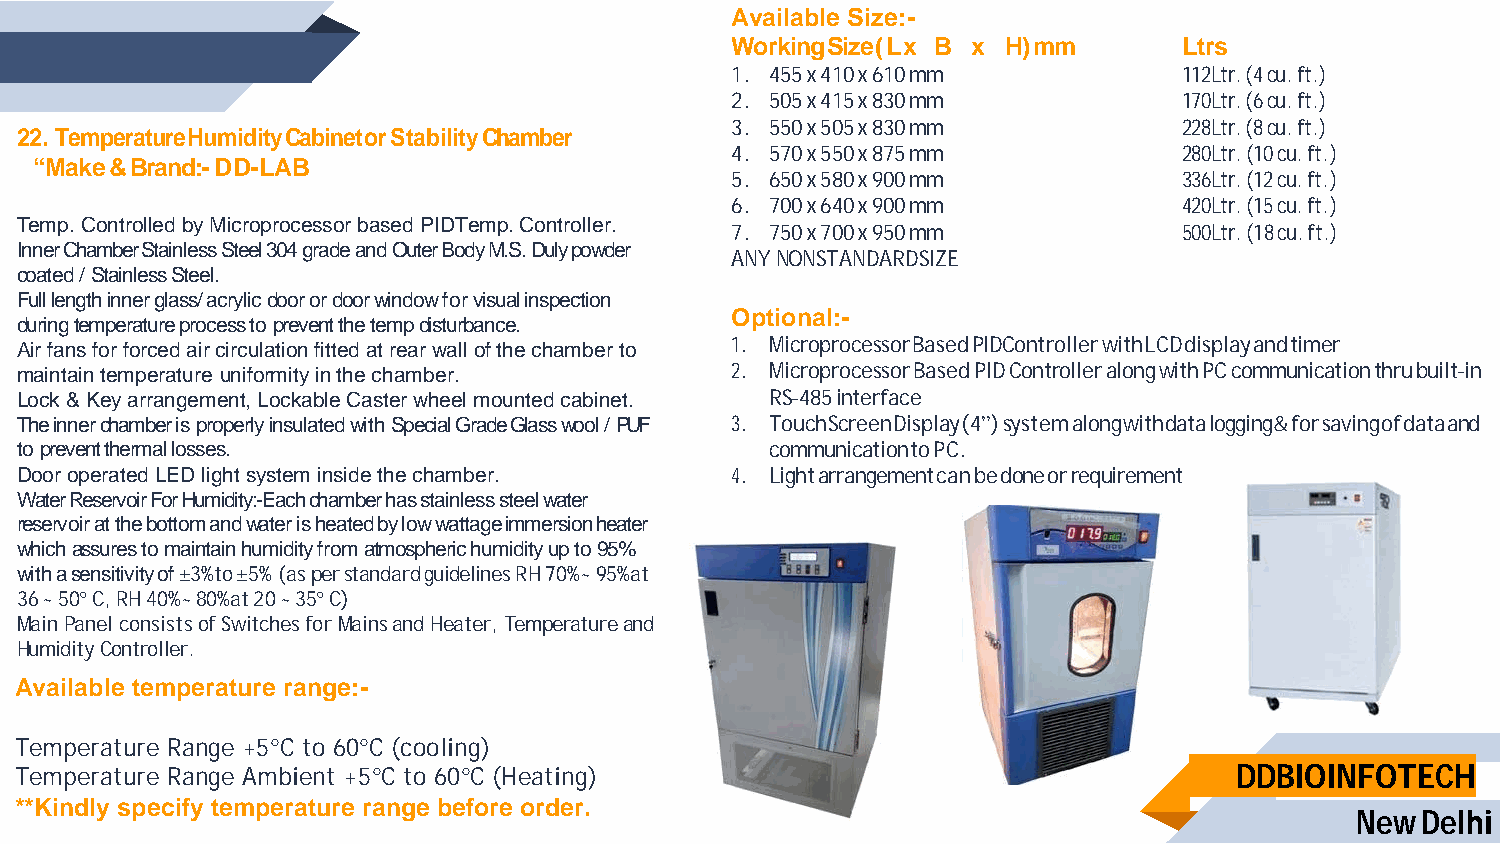
Available Size:-
 Working Size ( L x B x H) mm  Ltrs
 1. 455 x 410 x 610 mm         112Ltr. (4 cu. ft.)
 2. 505 x 415 x 830 mm         170Ltr. (6 cu. ft.)
 3. 550 x 505 x 830 mm         228Ltr. (8 cu. ft.)
 22. Temperature Humidity Cabinet or Stability Chamber
 4. 570 x 550 x 875 mm         280Ltr. (10 cu. ft.)
 “Make & Brand:- DD-LAB
 5. 650 x 580 x 900 mm         336Ltr. (12 cu. ft.)
 6. 700 x 640 x 900 mm         420Ltr. (15 cu. ft.)
 Temp. Controlled by Microprocessor based PIDTemp. Controller.
 7. 750 x 700 x 950 mm         500Ltr. (18 cu. ft.)
 Inner Chamber Stainless Steel 304 grade and Outer Body M.S. Duly powder
 ANY NON STANDARDSIZE
 coated / Stainless Steel.
 Full length inner glass/ acrylic door or door window for visual inspection
 Optional:-
 during temperature process to prevent the temp disturbance.
 Air fans for forced air circulation fitted at rear wall of the chamber to 1. Microprocessor Based PIDController with LCD display and timer
 maintain temperature uniformity in the chamber. 2. Microprocessor Based PID Controller along with PC communication thru built-in
 Lock & Key arrangement, Lockable Caster wheel mounted cabinet. RS-485 interface
 The inner chamber is properly insulated with Special Grade Glass wool / PUF 3. Touch Screen Display (4”) system along with data logging & for saving of data and
 to prevent thermal losses.                        communication to PC.
 Door operated LED light system inside the chamber. 4. Light arrangement can be done or requirement
 Water Reservoir For Humidity:-Each chamber has stainless steel water
 reservoir at the bottom and water is heated by low wattage immersion heater
 which assures to maintain humidity from atmospheric humidity up to 95%
 with a sensitivity of ±3%to ±5% (as per standard guidelines RH 70%~ 95%at
 36 ~ 50° C, RH 40%~ 80%at 20 ~ 35° C)
 Main Panel consists of Switches for Mains and Heater, Temperature and
 Humidity Controller.
 Available temperature range:-
 Temperature Range +5°C to 60°C (cooling)
 Temperature Range Ambient +5°C to 60°C (Heating)                                 DDBIOINFOTECH
 **Kindly specify temperature range before order.
 New Delhi